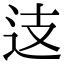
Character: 𨑤